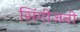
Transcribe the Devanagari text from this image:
सिंगीजनी